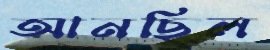
আনছিল